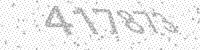
Solution: 417873